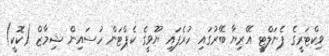
ވިކްޓަރީގެ ޕެނަލްޓީ އޭރިޔާ ބޭރުގައި ހުރެފައި ޔޫވީގެ ކެޕްޓަން ހުސައިން ޝިމާޒް (ކޮކީ)